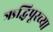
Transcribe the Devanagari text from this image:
ऋद्धिपूरच्या